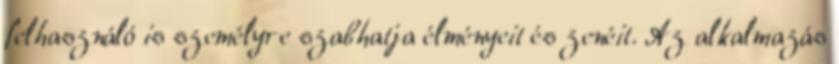
felhasználó is személyre szabhatja élményeit és zenéit. Az alkalmazás